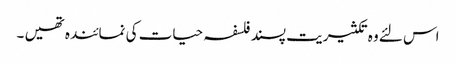
اس لئے وہ تکثیریت پسند فلسفہ حیات کی نمائندہ تھیں ۔